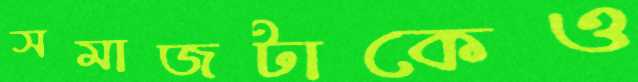
সমাজটাকেও